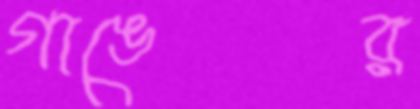
গাঙের